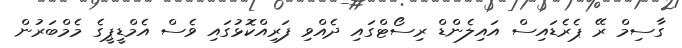
ގާސިމް ރޭ ޕެރެޑައިސް އައިލެންޑް ރިސޯޓްގައި ދެއްވި ފަރިއްކޮޅުގައި ވެސް އެމްޑީޕީގެ މެމްބަރުން